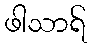
ဖါသာရ်